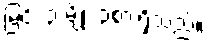
မြင်း ၃ မျိုး ၃စားရှိသည်။